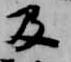
及